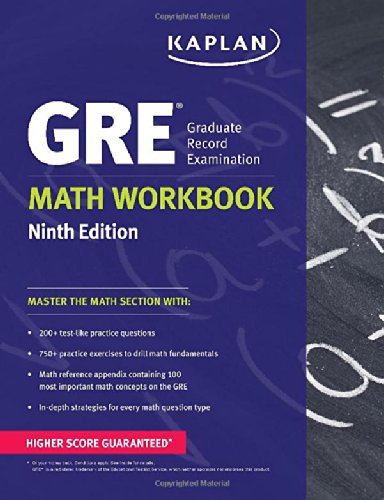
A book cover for GRE Math Workbook (Kaplan Test Prep); Kaplan; Test Preparation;